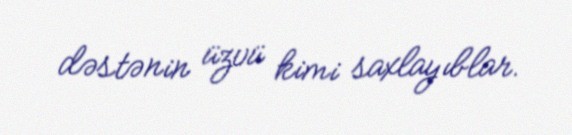
dəstənin üzvü kimi saxlayıblar.